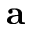
\mathbf { a }